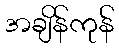
အချိန်ကုန်